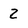
Character: 2